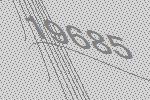
19685